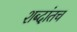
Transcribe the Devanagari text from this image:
शब्दांतच